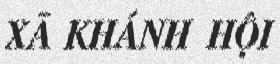
XÃ KHÁNH HỘI